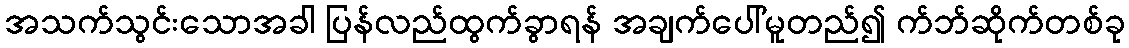
အသက်သွင်းသောအခါ ပြန်လည်ထွက်ခွာရန် အချက်ပေါ်မူတည်၍ က်ဘ်ဆိုက်တစ်ခု